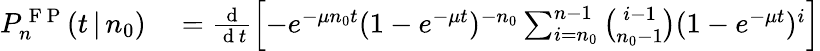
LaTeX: \begin{array}{rl}{P_{n}^{\mathrm{~F~P~}}(t\, |\, n_{0})}&{{}=\frac{\mathrm{~d~}}{\mathrm{~d~}t}\left[-e^{-\mu n_{0}t}(1-e^{-\mu t})^{-n_{0}}\sum_{i=n_{0}}^{n-1}{\binom{i-1}{n_{0}-1}}(1-e^{-\mu t})^{i}\right]}\end{array}